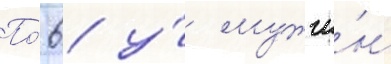
По́ 6 у́ мужчи́н